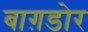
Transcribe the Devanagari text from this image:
बाग़डोर